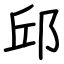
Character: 邱